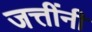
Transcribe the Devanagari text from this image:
जत्तींनी